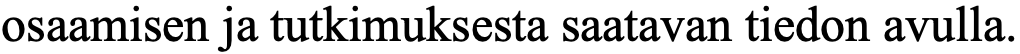
osaamisen ja tutkimuksesta saatavan tiedon avulla.